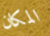
المكان